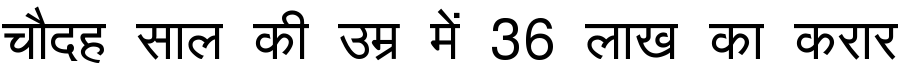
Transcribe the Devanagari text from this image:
चौदह साल की उम्र में 36 लाख का करार